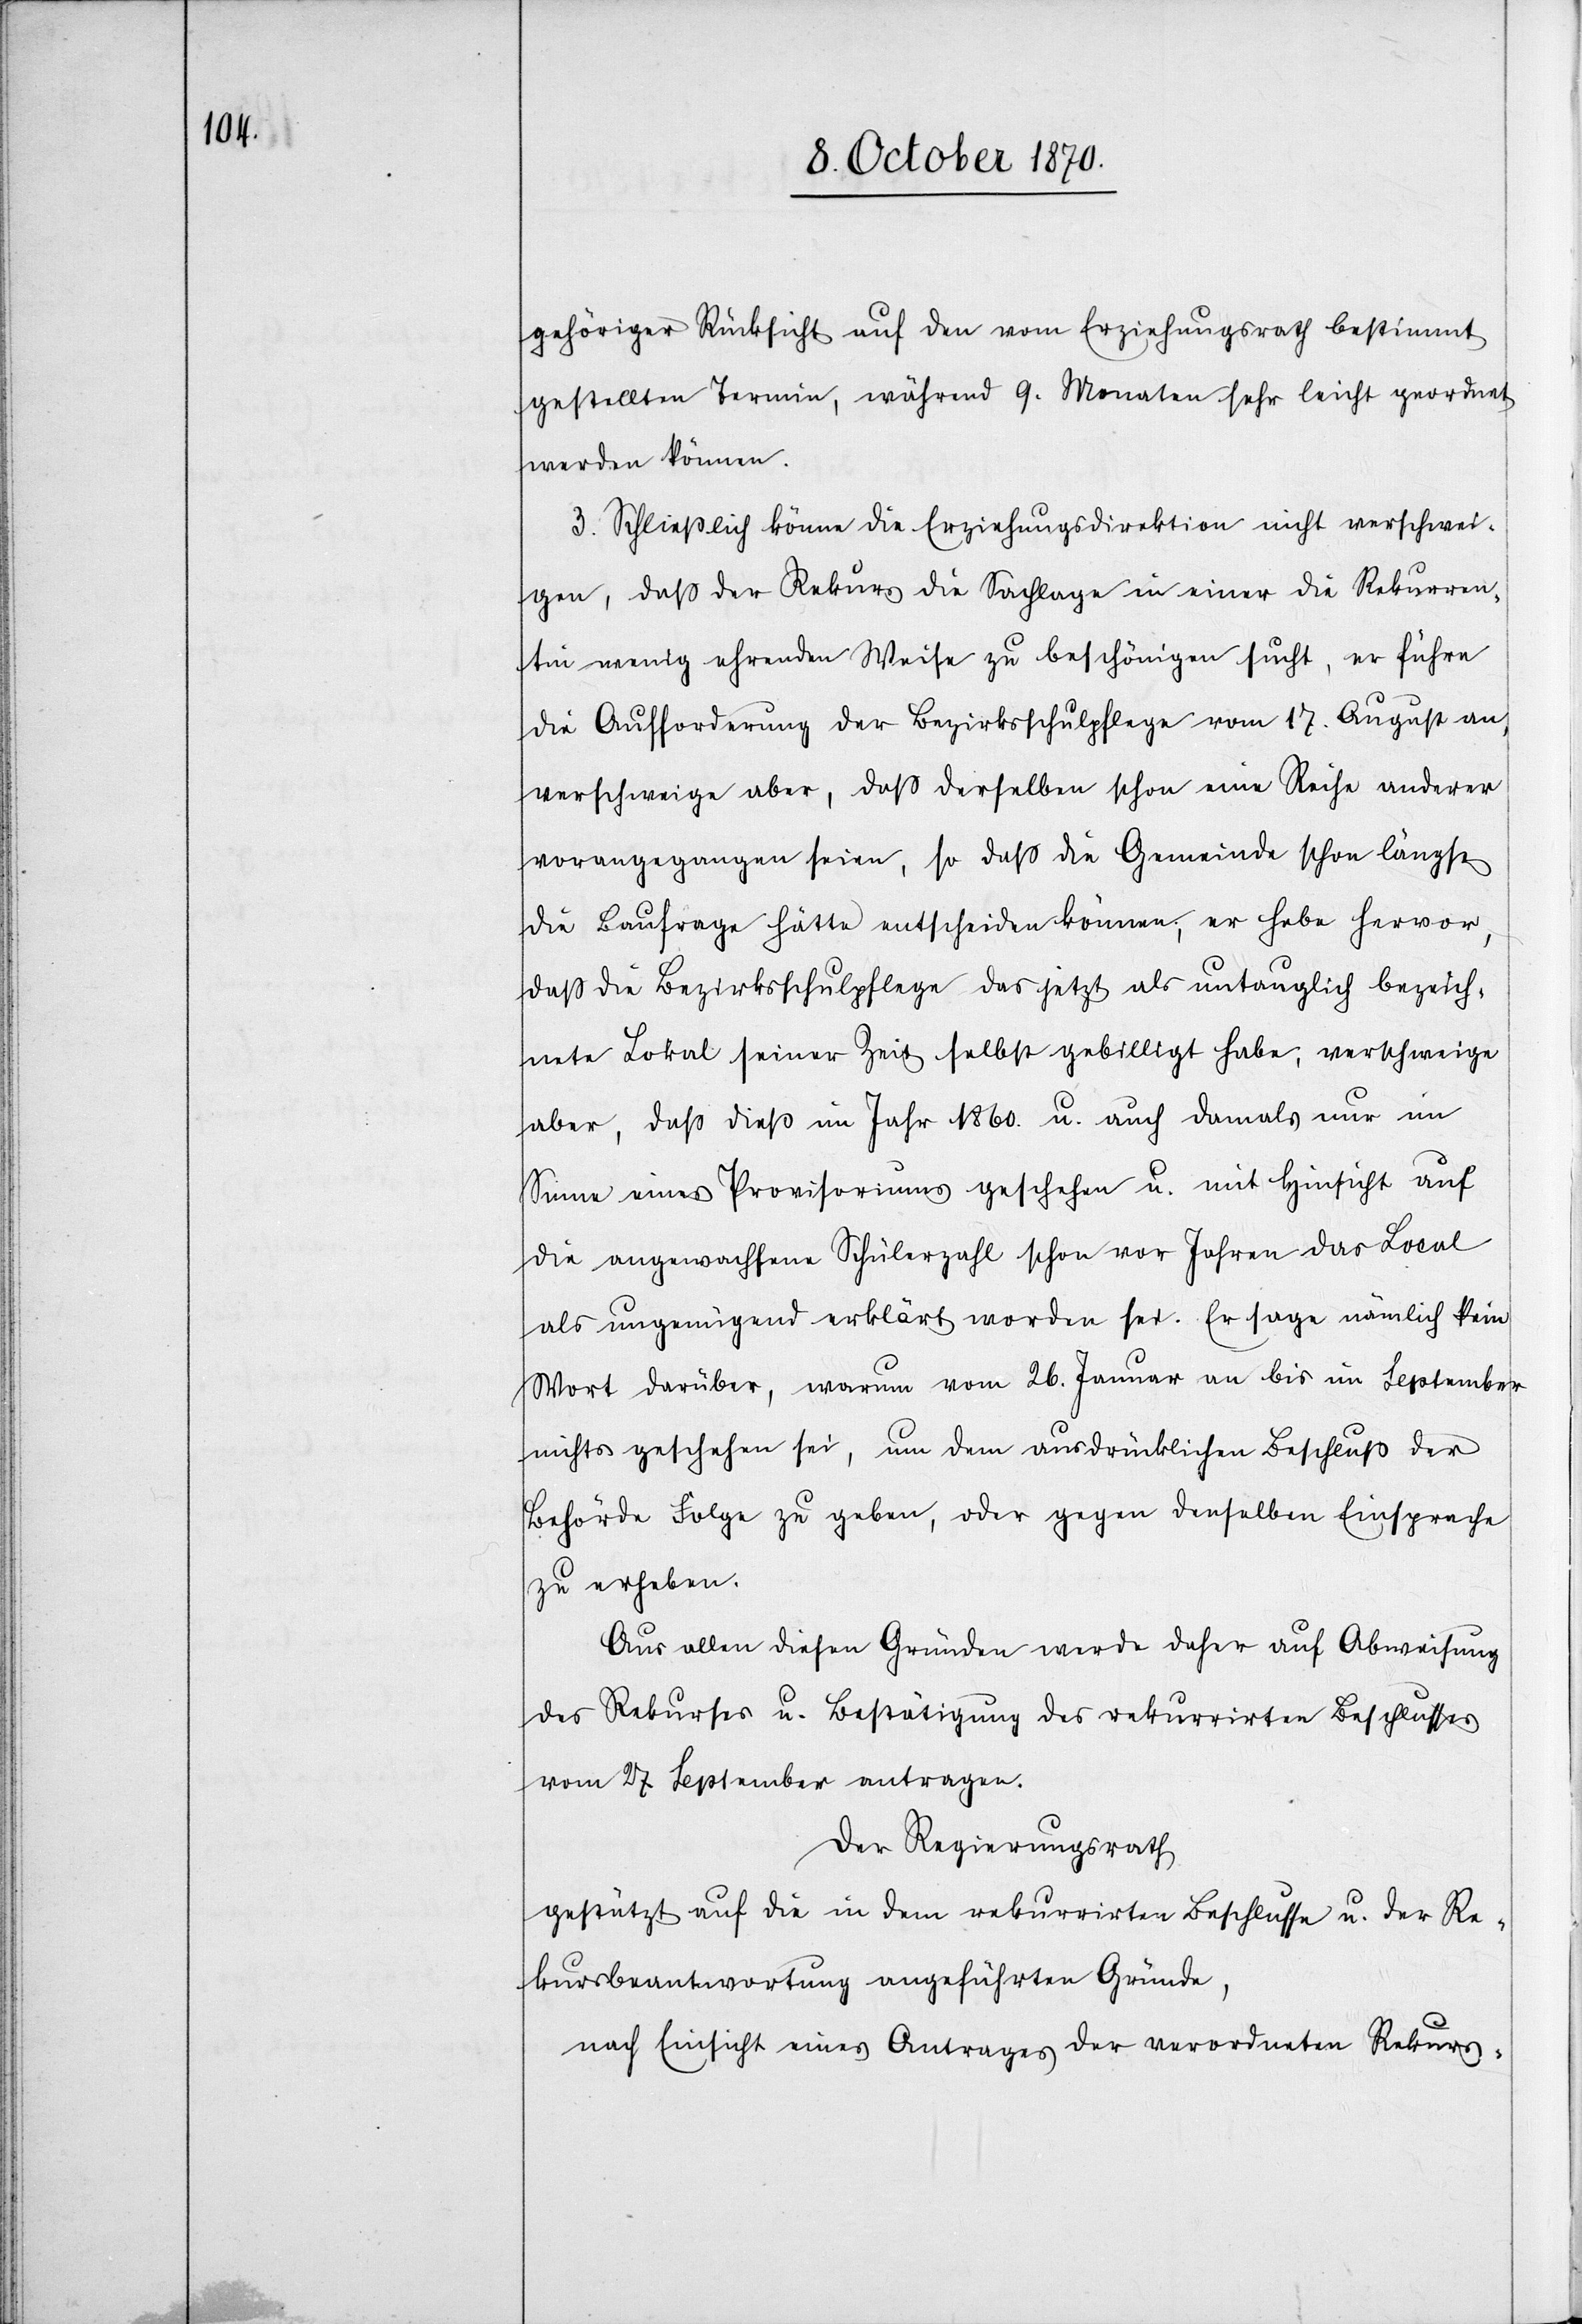
gehöriger Rücksicht auf den vom Erziehungsrath bestimmt
gestellten Termin, während 9. Monaten sehr leicht geordnet
werden können.
3. Schließlich könne die Erziehungsdirektion nicht verschwei¬
gen, daß der Rekurs die Sachlage in einer die Rekurren¬
ten wenig ehrenden Weise zu beschönigen sucht, er führe
die Aufforderung der Bezirksschulpflege vom 17. August an,
verschweige aber, daß derselben schon eine Reihe anderer
vorangegangen seien, so daß die Gemeinde schon längst
die Baufrage hätte entscheiden können; er hebe hervor,
daß die Bezirksschulpflege das jetzt als untauglich bezeich¬
nete Lokal seiner Zeit selbst gebilligt habe, verschweige
aber, daß dieß im Jahr 1860. u. auch damals nur im
Sinne eines Provisoriums geschehen u. mit Hinsicht auf
die angewachsene Schülerzahl schon vor Jahren das Local
als ungenügend erklärt worden sei. Er sage nämlich kein
Wort darüber, warum vom 26. Januar an bis im September
nichts geschehen sei, um dem ausdrücklichen Beschluß der
Behörde Folge zu geben, oder gegen denselben Einsprache
zu erheben.
Aus allen diesen Gründen wurde daher auf Abweisung
des Rekurses u. Bestätigung des rekurrirten Beschlusses
vom 27. September ertragen.
Der Regierungsrath
gestützt auf die in dem rekurrirten Beschlusse u. der Re¬
kursbeantwortung angeführten Gründe,
nach Einsicht eines Antrages der verordneten Rekurs-